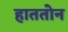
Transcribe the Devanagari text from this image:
हाततोन